Lunatic asylums in Bengal annual reports 1888-1898 - 1888-1898
Year: 1888
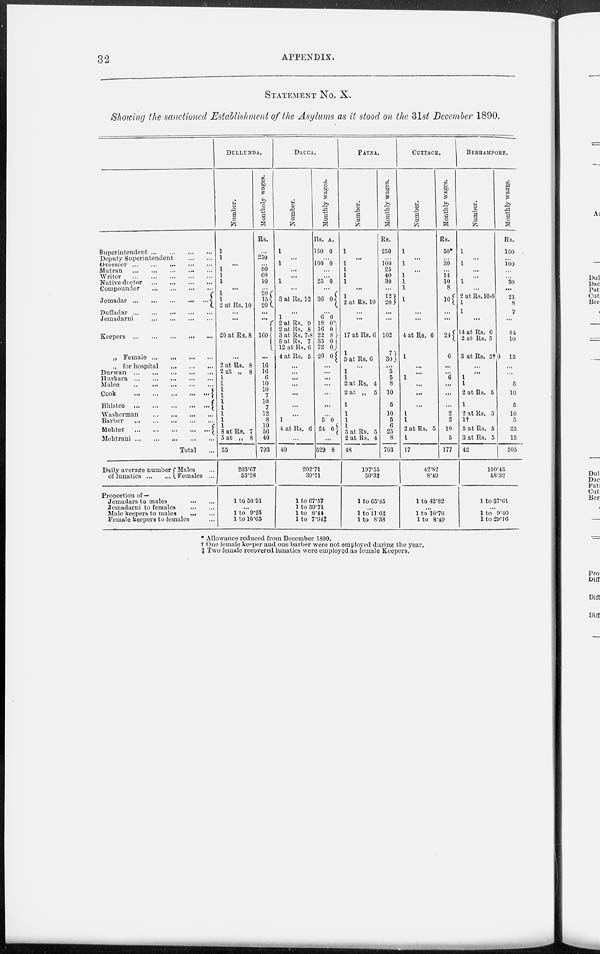
32
APPENDIX.
STATEMENT No. X.
Showing the sanctioned Establishment of the Asylums as it stood on the 31st December 1890.
Superintendent
...
...
...
...
Deputy Superintendent
...
...
Overseer
...
...
...
...
...
Matran
...
...
...
...
...
Writer
...
...
...
...
...
Native doctor
...
...
...
...
Compounder
...
...
...
...
Jemadar
...
...
...
...
...
Duffadar
...
...
...
...
...
Jemadarni ... ... ... ...
Keepers ... ... ... ... ...
„ Female
...
...
...
...
„ for hospital
...
...
...
Durwan
...
...
...
...
...
Hurkara
...
...
...
...
...
Malee
...
...
...
...
...
Cook
...
...
...
...
...
Bhistee
...
...
...
...
...
Washerman
...
...
...
...
Barber
...
...
...
...
...
Mehter
...
...
...
...
...
Mehtrani
...
...
...
...
...
Total ...
Daily average number
of lunatics
...
...
Males ...
Females ...
Proportion of—
Jemadars to males
...
...
Jemadarni to females
...
...
Male keepers to males
...
...
Female keepers to females ...
DULLUNDA.
Number.
1
1
...
1
1
1
...
1
1
2 at Rs. 10
...
...
20 at Rs. 8
...
2 at Rs. 8
2 at „ 8
1
1
1
1
1
1
1
1
1
8 at Rs. 7
5 at „ 8
55
Montholy wages.
Rs.
...
250
...
50
60
10
...
20 15
20
...
...
160
...
16
16
6
10
10
7
10
7
12
8
10
56
40
793
203.67
53.28
1 to 50.91
...
1 to 9.25
1 to 10.65
DACCA.
Number.
1
...
1
...
...
1
...
3 at Rs. 12
...
1
2 at Rs. 9
2 at Rs. 8
3 at Rs. 7-8
5 at Rs. 7
12 at Rs. 6
4 at Rs. 5
...
...
...
...
...
...
...
1
4 at Rs. 6
...
40
Monthly wages.
Rs.
150
A.
0
...
100 0
...
...
25 0
...
36 0
...
6
18
16
22
35
72
20
0
0
0 8
0
0
0
...
...
...
...
...
...
...
5
24
0
0
...
529 8
202.71
39.71
1 to 67.57
1 to 39.71
1 to 8.44
1 to 7.94 ‡
PATNA.
Number.
1
...
1
1
1
1
...
1
2 at Rs. 10
...
...
17 at Rs. 6
1
5 at Rs. 6
...
1
1
2 at Rs. 4
2 at „ 5
1
1
1
1
5 at Rs. 5
2 at Rs. 4
48
Monthly wages.
Rs.
250
...
100
25
40
30
...
12
20
...
...
102
7 30
...
5
5
8
10
5
10
5
6
25
8
703
197.55
50.32
1 to 65.85
...
1 to 11.62
1 to 8.38
CUTTACK.
Number.
1
...
1
...
1
1
1
1
...
...
4 at Rs. 6
1
...
...
1
...
...
...
1
1
2 at Rs. 5
1
17
Monthly wages.
Rs.
50*
...
30
...
14
10
8
10
...
...
24
6
...
...
6
...
...
...
2
2
10
5
177
42.82
8.49
1 to 42.82
...
1 to 10.70
1 to 8.49
BERHAMPORE.
Number.
1
...
1
...
...
1
...
2 at Rs. 10-8
1
1
...
14 at Rs. 6
2 at Rs. 5
Monthly wages.
Rs.
150
...
100
...
...
30
...
21
8
7
...
84
10
3 at Rs. 5† 0 15
...
...
1
1
2 at Rs. 5
1
2 at Rs. 5
1†
5 at Rs. 5
3 at Rs. 5
42
...
...
5
10
5
10
5
25
15
505
150.43
58.32
1 to 37.61
...
1 to 9.40
1 to 29.16
* Allowance reduced from December 1890.
† One female keeper and one barber were not employed during the year.
‡ Two female recovered lunatics were employed as female Keepers.